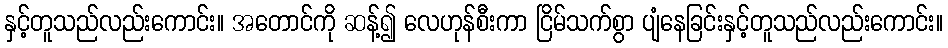
နှင့်တူသည်လည်းကောင်း။ အတောင်ကို ဆန့်၍ လေဟုန်စီးကာ ငြိမ်သက်စွာ ပျံနေခြင်းနှင့်တူသည်လည်းကောင်း။